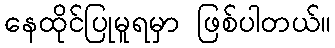
နေထိုင်ပြုမူရမှာ ဖြစ်ပါတယ်။